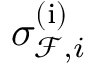
\sigma _ { \mathcal { F } , i } ^ { ( \mathrm { i } ) }